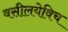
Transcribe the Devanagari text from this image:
वसीलयेविच